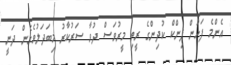
އެންމެ ފަހުން ޕިންކް ކުދިންގެ ރީތި މީރުވަސް ދުވާ ސަރުކާރު މިބަދަލުވެގެން ދަނީ